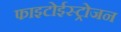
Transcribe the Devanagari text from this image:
फाइटोईस्ट्रोजन